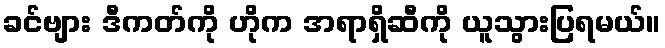
ခင်ဗျား ဒီကတ်ကို ဟိုက အရာရှိဆီကို ယူသွားပြရမယ်။